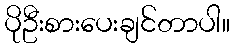
ပိုဦးစားပေးချင်တာပါ။